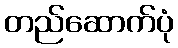
တည်ဆောက်ပုံ